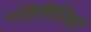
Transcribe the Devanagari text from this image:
गतिविधियॉं